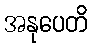
အနုပေတိ